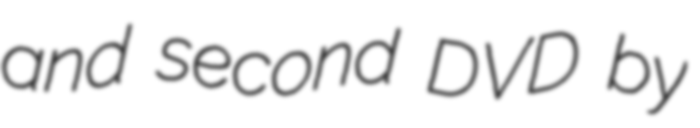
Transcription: and second DVD by